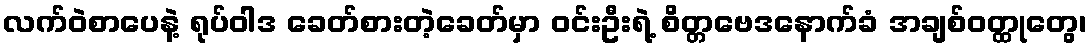
လက်ဝဲစာပေနဲ့ ရုပ်ဝါဒ ခေတ်စားတဲ့ခေတ်မှာ ဝင်းဦးရဲ့ စိတ္တဗေဒနောက်ခံ အချစ်ဝတ္ထုတွေ၊